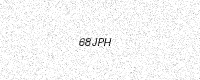
Text: 68JPH